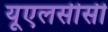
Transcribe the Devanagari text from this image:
यूएलसीसी